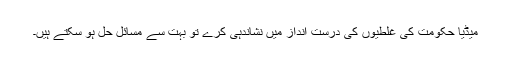
میڈیا حکومت کی غلطیوں کی درست انداز میں نشاندہی کرے تو بہت سے مسائل حل ہو سکتے ہیں۔